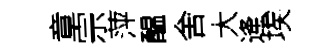
章宗萍醖舍大逄埃